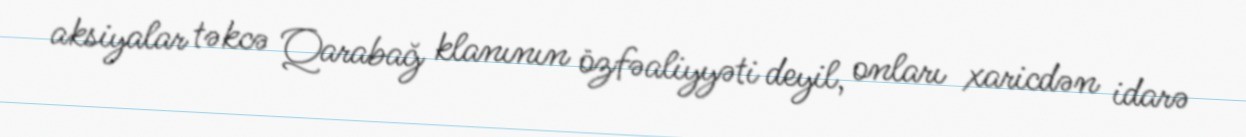
aksiyalar təkcə Qarabağ klanının özfəaliyyəti deyil, onları xaricdən idarə